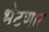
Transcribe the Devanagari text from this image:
भेटणार